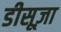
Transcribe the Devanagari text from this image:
डीसूज़ा